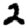
Digit: 2